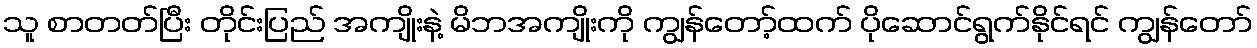
သူ စာတတ်ပြီး တိုင်းပြည် အကျိုးနဲ့ မိဘအကျိုးကို ကျွန်တော့်ထက် ပိုဆောင်ရွက်နိုင်ရင် ကျွန်တော်